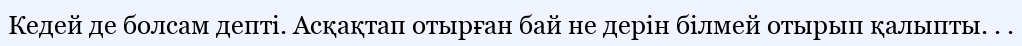
Кедей де болсам депті. Асқақтап отырған бай не дерін білмей отырып қалыпты. . .